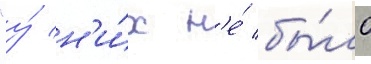
"у́ н'и́х н'е́ бы́ло